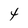
Character: 4